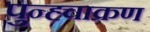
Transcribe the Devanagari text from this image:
पुन्ह्चाक्रण